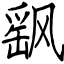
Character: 飖